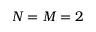
N = M = 2